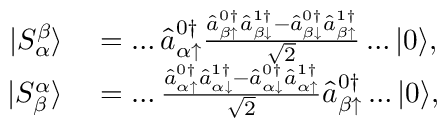
\begin{array} { r l } { | S _ { \alpha } ^ { \beta } \rangle } & { { } = \dots \hat { a } _ { \alpha \uparrow } ^ { 0 \dagger } \frac { \hat { a } _ { \beta \uparrow } ^ { 0 \dagger } \hat { a } _ { \beta \downarrow } ^ { 1 \dagger } - \hat { a } _ { \beta \downarrow } ^ { 0 \dagger } \hat { a } _ { \beta \uparrow } ^ { 1 \dagger } } { \sqrt { 2 } } \dots | 0 \rangle , } \\ { | S _ { \beta } ^ { \alpha } \rangle } & { { } = \dots \frac { \hat { a } _ { \alpha \uparrow } ^ { 0 \dagger } \hat { a } _ { \alpha \downarrow } ^ { 1 \dagger } - \hat { a } _ { \alpha \downarrow } ^ { 0 \dagger } \hat { a } _ { \alpha \uparrow } ^ { 1 \dagger } } { \sqrt { 2 } } \hat { a } _ { \beta \uparrow } ^ { 0 \dagger } \dots | 0 \rangle , } \end{array}